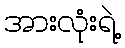
အားလုံးရဲ့